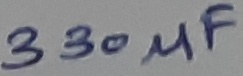
Text: 330µF